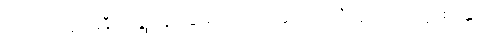
လက်၌အချည်းနှီး။ ဂန္တုံ၊ သွားခြင်းငှာ။ အယုတ္တံ၊ မသင့်။” ဣတိ၊ ဤသို့။ (စိန္တေသိ၊